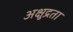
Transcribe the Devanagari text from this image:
अक्षुद्रता